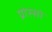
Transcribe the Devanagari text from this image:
ग्रोस्सो